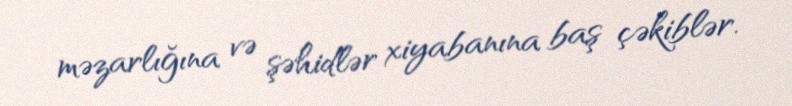
məzarlığına və şəhidlər xiyabanına baş çəkiblər.